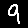
Digit: 9